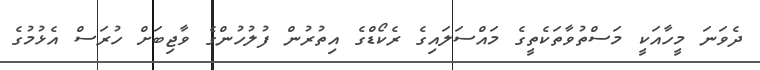
ދެވަނަ މީހާއަކީ މަސްތުވާތަކެތީގެ މައްސަލައިގެ ރެކޯޑްގެ އިތުރުން ފުލުހުންގެ ވާޖިބަށް ހުރަސް އެޅުމުގެ